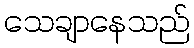
သေချာနေသည်